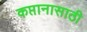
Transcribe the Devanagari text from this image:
कप्तानासाठी